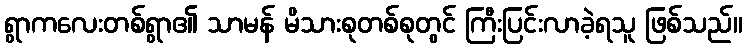
ရွာကလေးတစ်ရွာ၏ သာမန် မိသားစုတစ်စုတွင် ကြီးပြင်းလာခဲ့ရသူ ဖြစ်သည်။